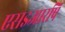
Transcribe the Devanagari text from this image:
एसइआरपि